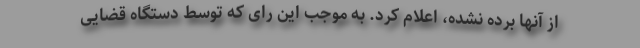
از آنها برده نشده، اعلام کرد. به موجب این رای که توسط دستگاه قضایی